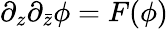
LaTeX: \partial_{z}\partial_{\bar{z}}\phi=F(\phi)